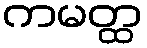
ကမတ္ထ